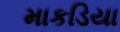
માકડિયા